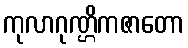
ကုလာဂုဏ္ဌိကဇာတော